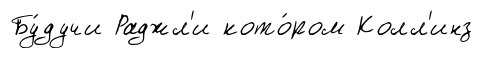
Бу́дучи Раджл'и кото́ром Колл'инз